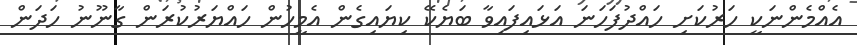
އެއްމެންނަކީ ހަރުކަށި ހައްދުފަހަނަ އަޅައިފައިވާ ބަޔެކޭ ކިޔައިގެން އެމީހުން ހައްޔަރުކުރަން ގާނޫނު ހަދަން